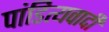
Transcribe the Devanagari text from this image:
पांडित्यवादी